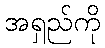
အရှည်ကို